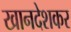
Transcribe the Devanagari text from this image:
खानदेशकर